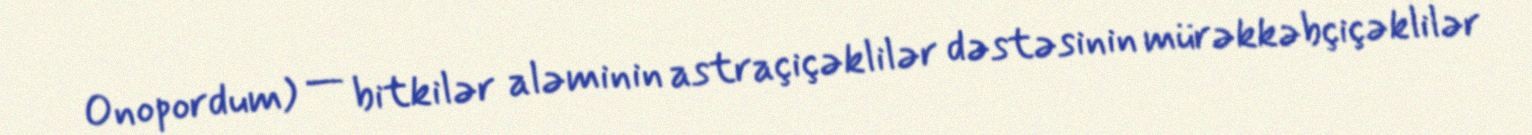
Onopordum) — bitkilər aləminin astraçiçəklilər dəstəsinin mürəkkəbçiçəklilər